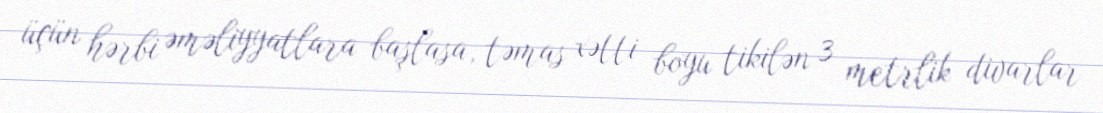
üçün hərbi əməliyyatlara başlasa, təmas xətti boyu tikilən 3 metrlik divarlar